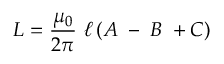
L = { \frac { \mu _ { 0 } } { 2 \pi } } \ \ell \left( A \; - \; B \; + C \right)